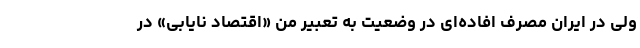
ولی در ایران مصرف افاده‌ای در وضعیت به تعبیر من «اقتصاد نایابی» در